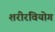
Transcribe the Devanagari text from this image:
शरीरवियोग